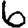
Digit: 6